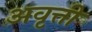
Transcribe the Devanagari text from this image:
अवृत्ती